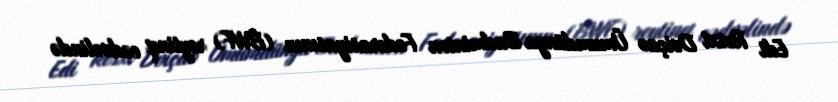
Edi Resxi Dviçao Ümumdünya Badminton Federasiyasının (BWF) reytinq cədvəlində